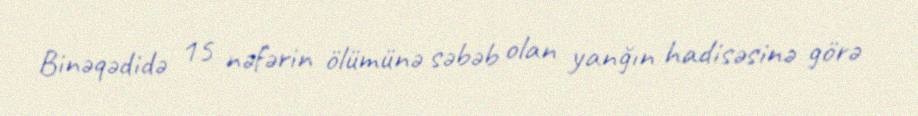
Binəqədidə 15 nəfərin ölümünə səbəb olan yanğın hadisəsinə görə